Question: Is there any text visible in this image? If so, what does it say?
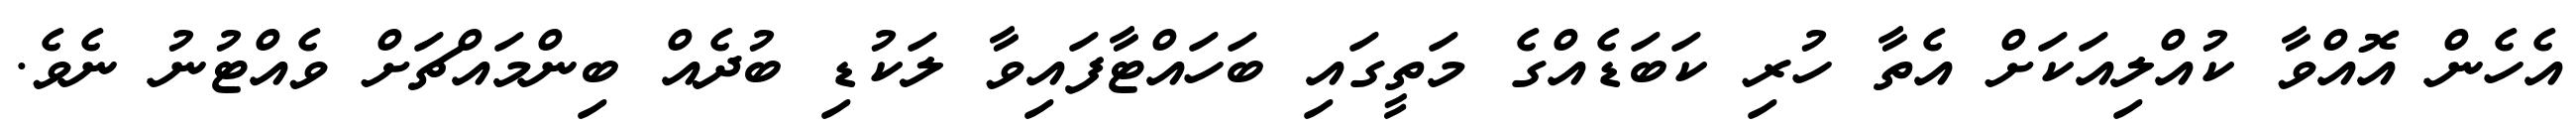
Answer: އެހެން އޮއްވާ ކުއްލިއަކަށް އެތާ ހުރި ކަބަޑެއްގެ މަތީގައި ބަހައްޓާފައިވާ ލަކުޑި ބުދެއް ބިންމައްޗަށް ވެއްޓުނު ނެވެ.